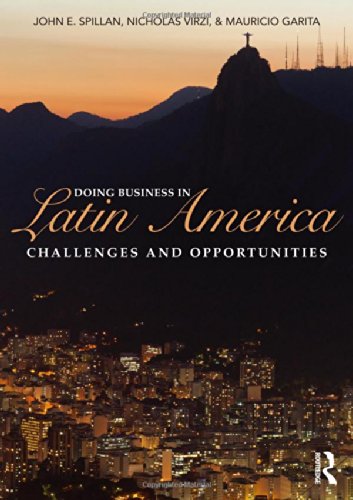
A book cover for Doing Business In Latin America: Challenges and Opportunities; John E. Spillan; Business & Money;